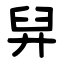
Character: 舁